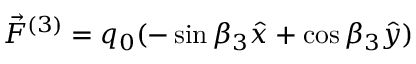
\vec { F } ^ { ( 3 ) } = q _ { 0 } ( - \sin \beta _ { 3 } \hat { x } + \cos \beta _ { 3 } \hat { y } )